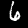
Digit: 6